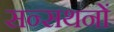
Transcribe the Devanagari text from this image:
सन्सथनों